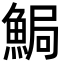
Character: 𩷐